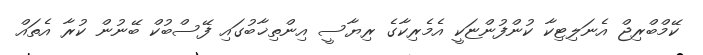
ކޭމްބްރިޖް އެނަލިޓިކާ ކުންފުންޏަކީ އެމެރިކާގެ ރިޔާސީ އިންތިޚާބުގައި ފޭސްބުކް ބޭނުން ކުރާ އެތައް